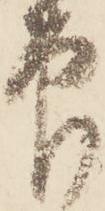
印